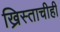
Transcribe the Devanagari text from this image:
ख्रिस्ताचीही